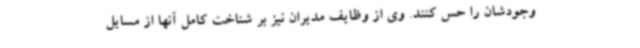
وجودشان را حس کنند. وی از وظایف مدیران نیز بر شناخت کامل آنها از مسایل